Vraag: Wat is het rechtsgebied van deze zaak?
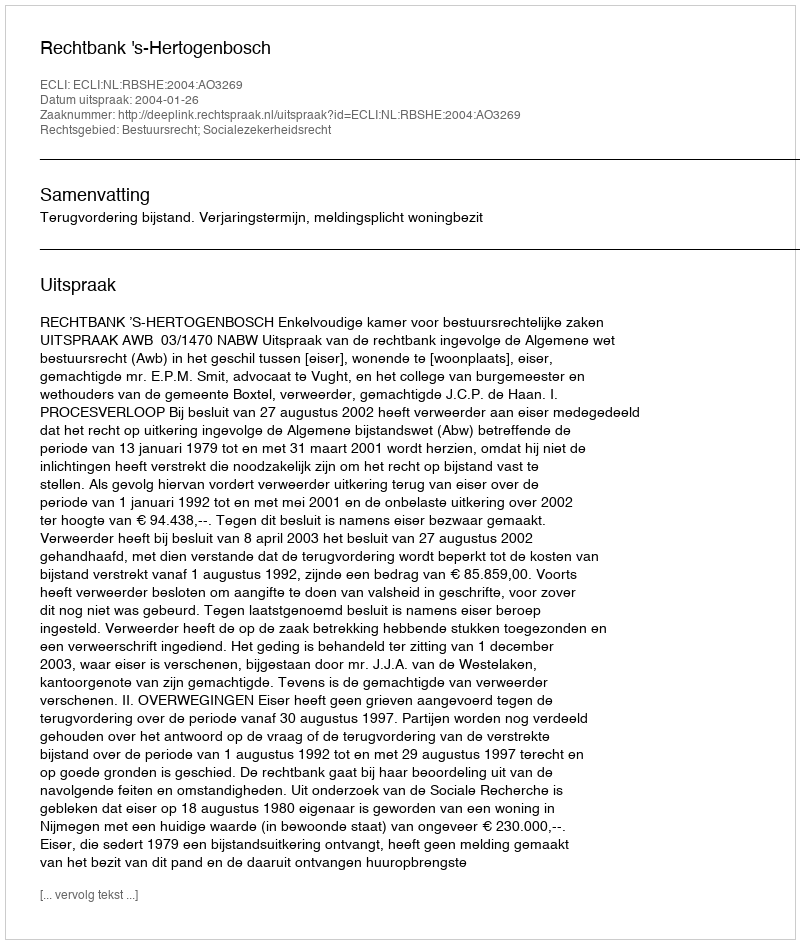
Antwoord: Bestuursrecht; Socialezekerheidsrecht